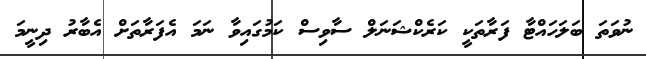
ނުވަތަ ބަލަހައްޓާ ފަރާތަކީ ކަރެކްޝަނަލް ސާވިސް ކަމުގައިވާ ނަމަ އެފަރާތަށް އެބާރު ދިނީމަ